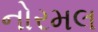
નોરમલ